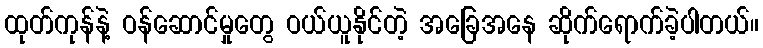
ထုတ်ကုန်နဲ့ ဝန်ဆောင်မှုတွေ ဝယ်ယူနိုင်တဲ့ အခြေအနေ ဆိုက်ရောက်ခဲ့ပါတယ်။